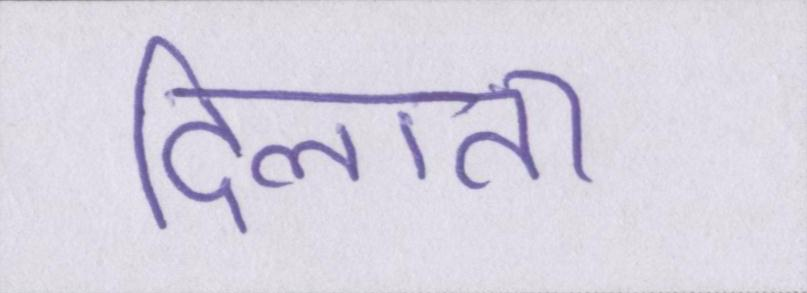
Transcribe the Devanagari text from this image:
दिलाता